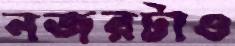
নজরটাও